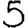
Digit: 5